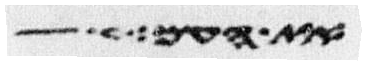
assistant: את העם